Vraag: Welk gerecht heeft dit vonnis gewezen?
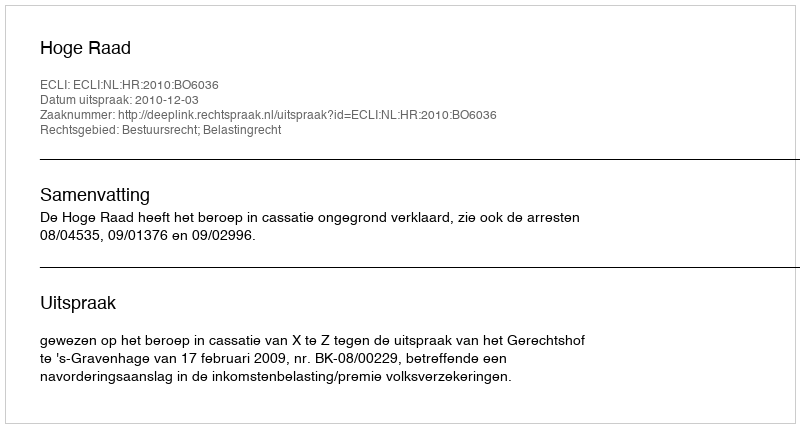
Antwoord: Hoge Raad